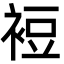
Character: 裋